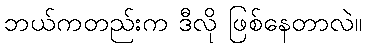
ဘယ်ကတည်းက ဒီလို ဖြစ်နေတာလဲ။